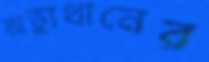
অভ্যুথানের